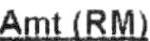
AMT(RM)